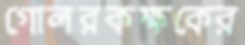
গোলরকক্ষকের